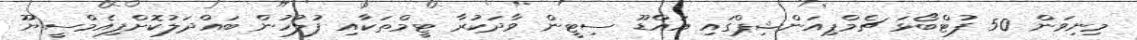
މިނިވަން 50 ފުޓްބޯޅަ ޗެމްޕިއަންޝިޕްގައި އައްޑޫ ސިޓީން ވާދަކުރާ ޓީމްތަކާއި ފުލުހުން ބައްދަލުކޮށްފިއެމްސީޔޫ